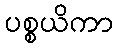
ပစ္စယိကာ